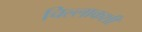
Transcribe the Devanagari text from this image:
चिल्लाकशी